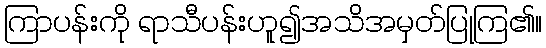
ကြာပန်းကို ရာသီပန်းဟူ၍အသိအမှတ်ပြုကြ၏။